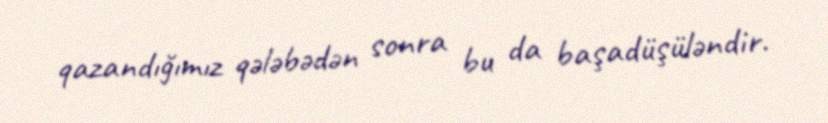
qazandığımız qələbədən sonra bu da başadüşüləndir.